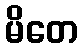
မိတေ